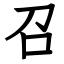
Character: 召